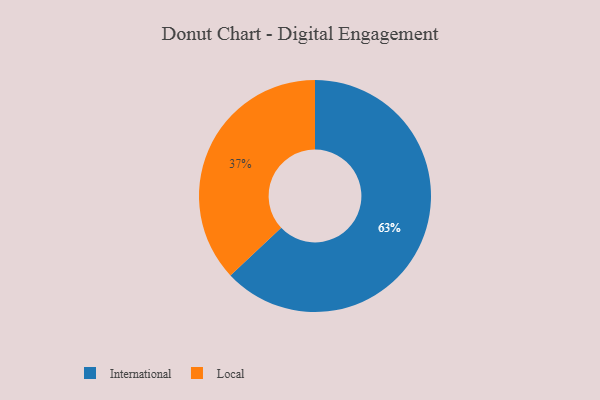
{"axis": {"x": "Category", "y": "Percentage"}, "legend": ["International", "Local"], "data": [{"x": "Local", "y": 37, "type": "Local"}, {"x": "International", "y": 63, "type": "International"}]}